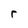
Character: r